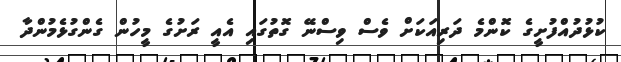
ކުޅުދުއްފުށީގެ ކޮންމެ ދަރިއަކަށް ވެސް ވިސްނޭ ގޮތުގައި އެއީ ރަށުގެ މީހުން ގެންގުޅެމުންދާ